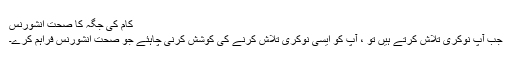
کام کی جگہ کا صحت انشورنس
جب آپ نوکری تلاش کرتے ہیں تو ، آپ کو ایسی نوکری تلاش کرنے کی کوشش کرنی چاہئے جو صحت انشورنس فراہم کرے۔